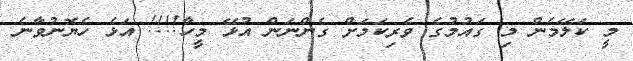
މީ ކަލޭމެން މި ގައުމުގެ ވެރިކަމަށް ގެންނަން އުޅޭ މީހާ!!!! އަޅެ ހެޔޮނުވާނެ